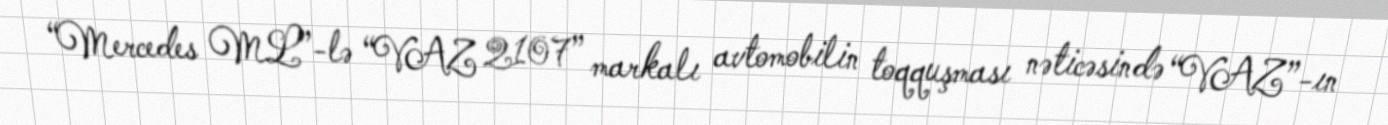
“Mercedes ML”-lə “VAZ 2107” markalı avtomobilin toqquşması nəticəsində “VAZ”-ın